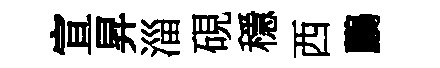
宣昇淄硯穩西鸝